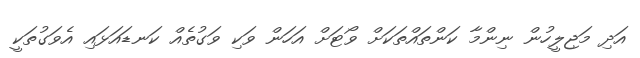
އަދި މަޖިލީހުން ނިންމާ ކަންތައްތަކަށް ވޯޓަށް އަހަން ވަކި ވަގުތެއް ކަނޑައަޅައި އެވަގުތަކީ